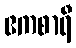
ဧကစာရီ